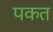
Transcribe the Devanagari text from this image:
पकत